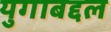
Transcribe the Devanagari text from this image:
युगाबद्दल